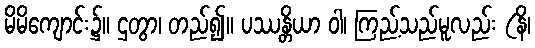
မိမိကျောင်း၌။ ဌတွာ၊ တည်၍။ ပဿန္တိယာ ဝါ၊ ကြည့်သည်မူလည်း (နိ၊